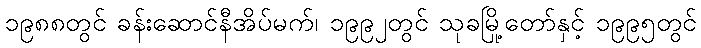
၁၉၈၈တွင် ခန်းဆောင်နီအိပ်မက်၊ ၁၉၉၂တွင် သုခမြို့တော်နှင့် ၁၉၉၅တွင်